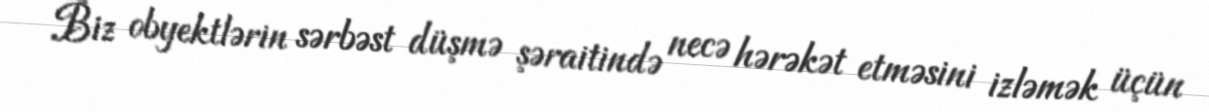
Biz obyektlərin sərbəst düşmə şəraitində necə hərəkət etməsini izləmək üçün